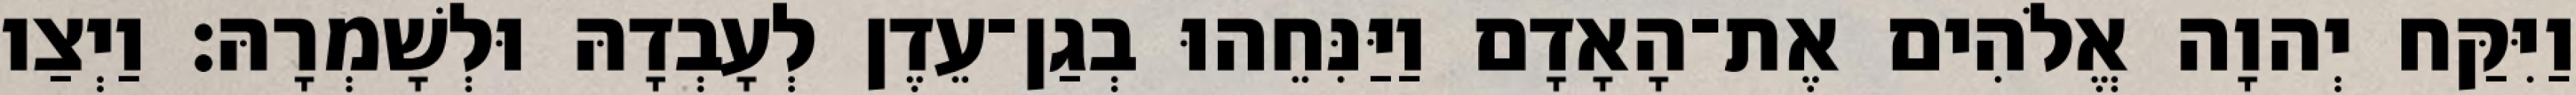
וַיִּקַּח יְהוָה אֱלֹהִים אֶת־הָאָדָם וַיַּנִּחֵהוּ בְגַן־עֵדֶן לְעָבְדָהּ וּלְשָׁמְרָהּ׃ וַיְצַו